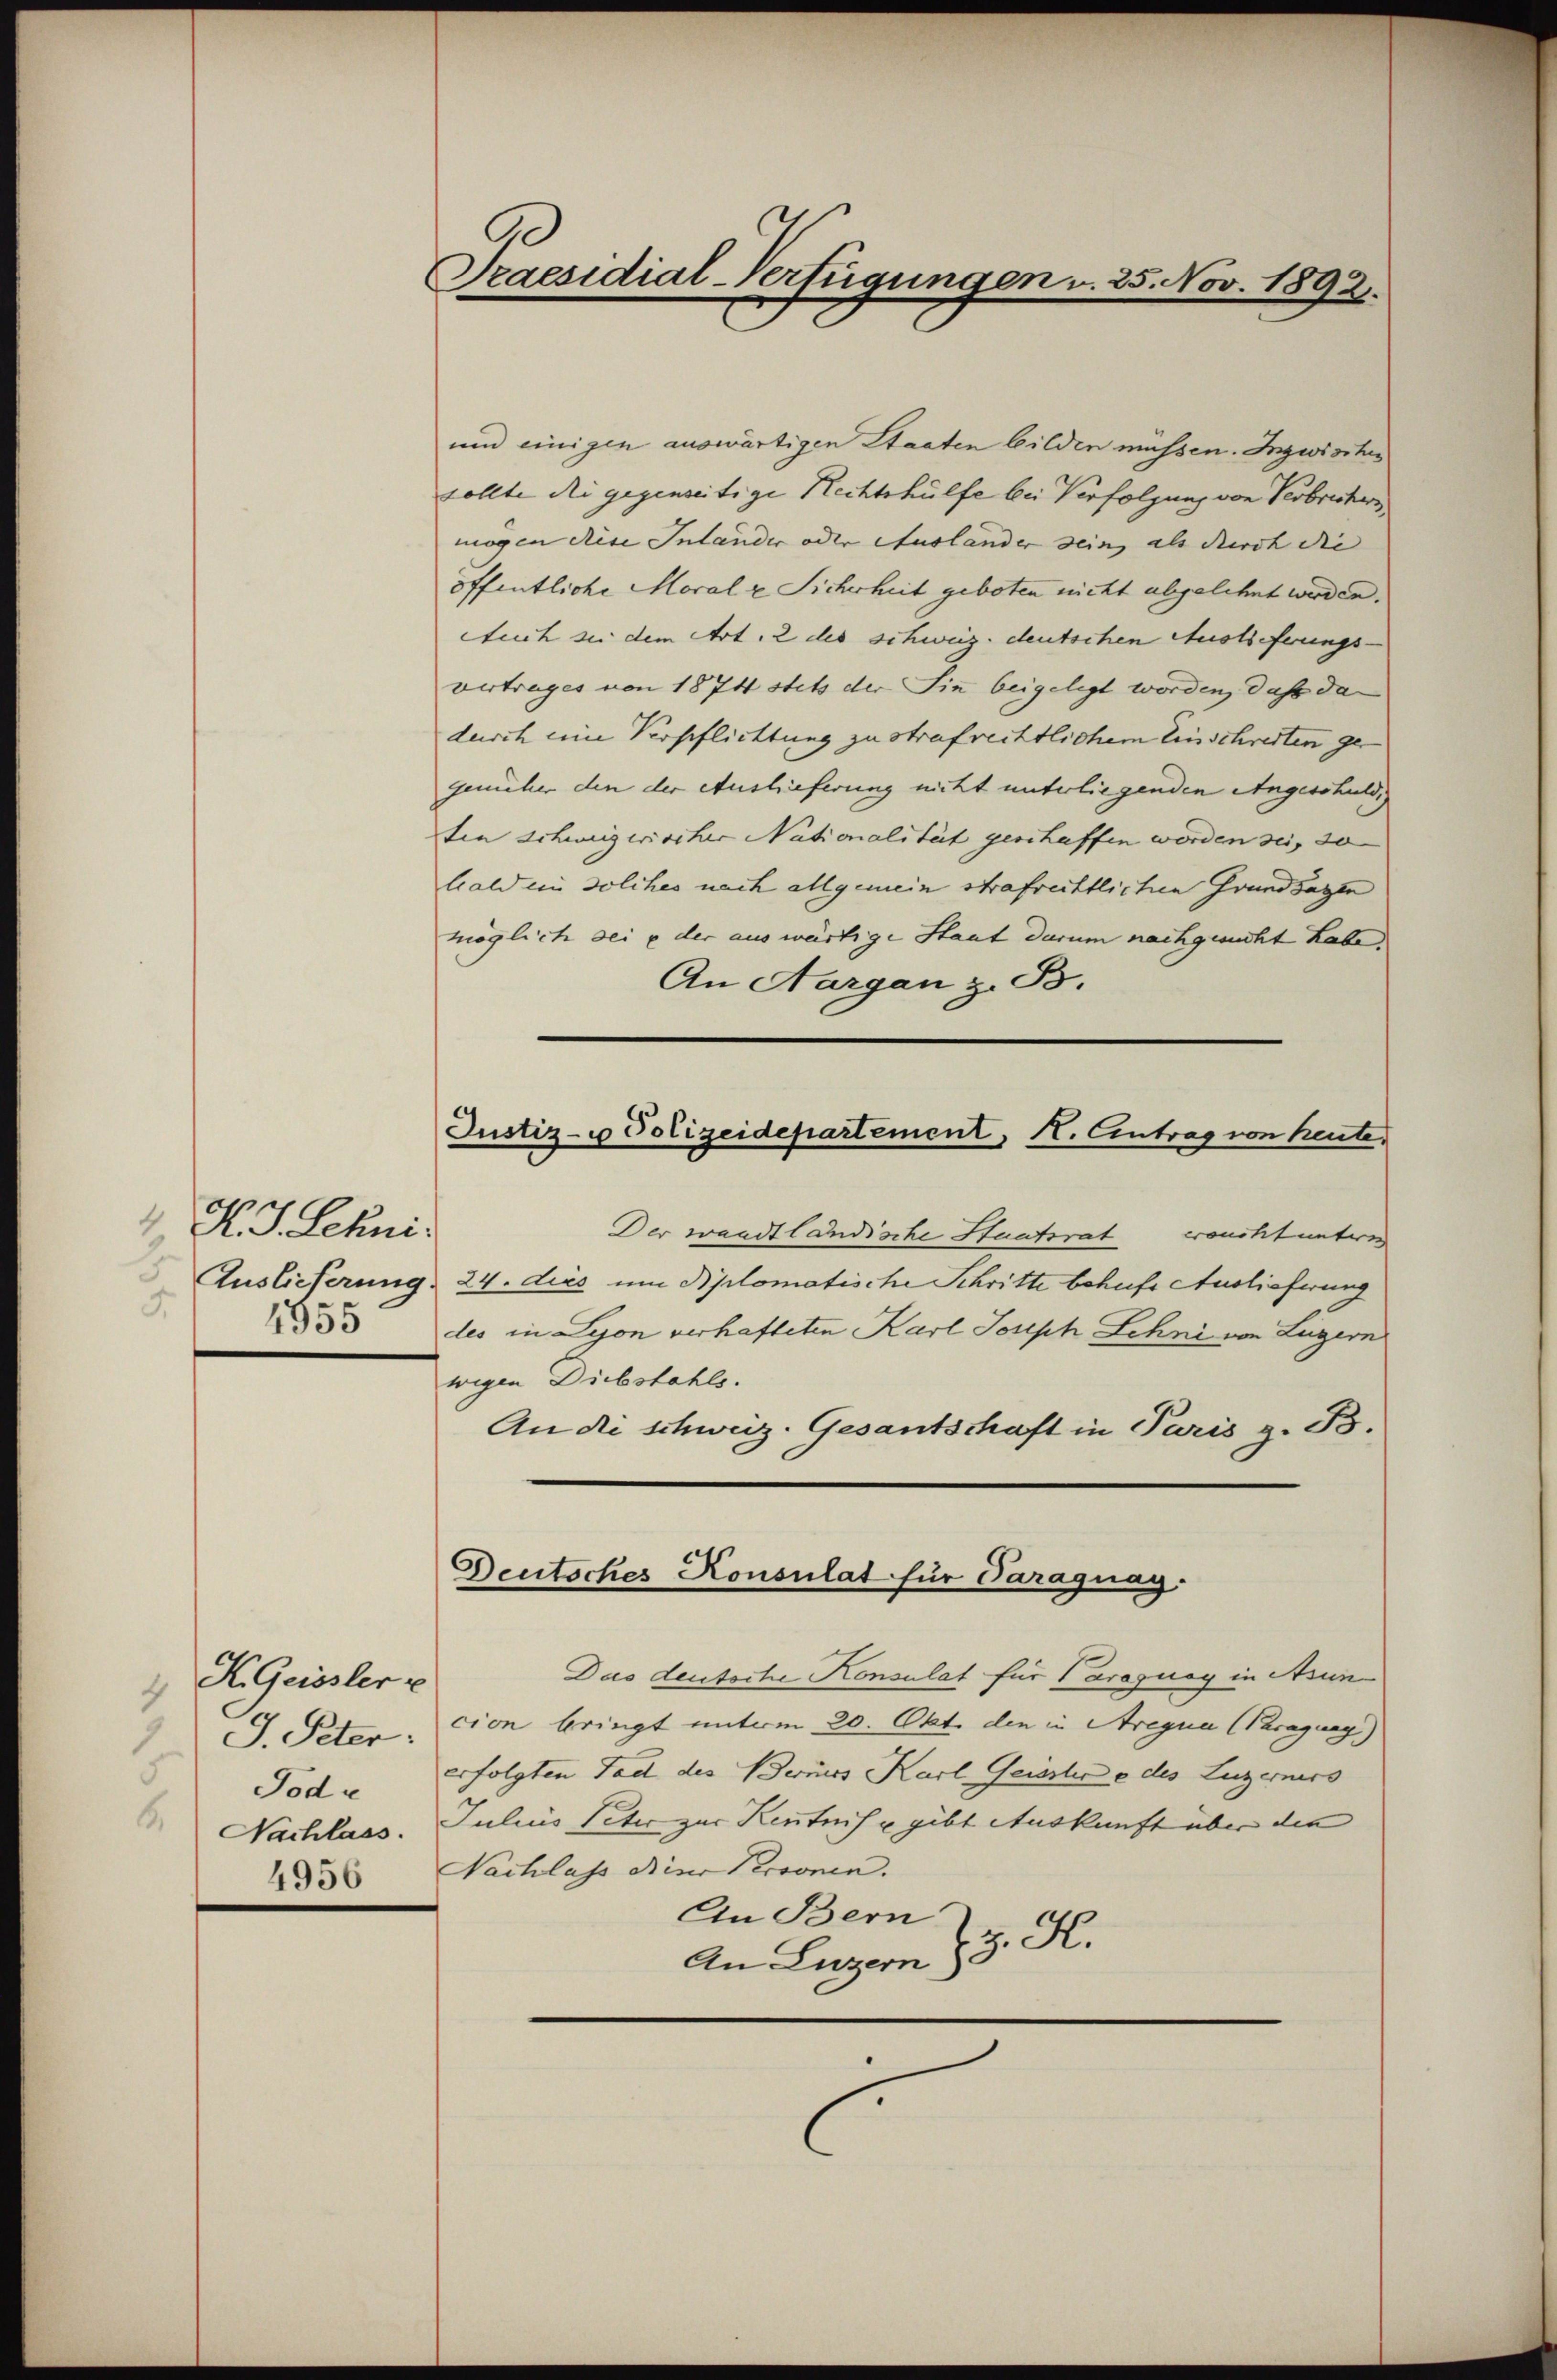
K. J. Lehni:
1
5
4955

K. Geissler
4
J. Peter:
1
Tode
Nachlass.
4956

Praesidial-Verfügungen u. 25. Nov. 1892.

und einigen auswärtigen Staaten bilden müssen. Inzwisches
sollte die gegenseitige Rechtshülfe bei Verfolgung von Verbrechers
mögen diese Inlander oder Auslander sein, als durch die |
öffentliche Moral u Sicherheit geboten nicht abgelehnt werden.
tuch sie dem Art. 2 des schweiz. deutschen Auslieferungs-
vertrages von 1874 stets der Sin beigelegt worden, daß dadurch eine Verpflichtung zu strafrechtlichem Einschreiten ge
gemüher den der Auslieferung nicht unterliegenden Angeschuld,
ten schweizerischer Nationalität geschaffen worden sei, so
bald ein solches nach allgemein strafrechtlichen Grundsagen
möglich bei e der auswärtige Staut darum nachgesucht habe
An Aargau z. B.
Der waadtländische Staatsrat aucht unterig
Auslieferung 24. dies um Bplomatische Schritte behufs Auslieferung
des in Lyon verhafteten Karl Joseph Lehni von Luzern
wegen Diebstahls.
An die schweiz. Gesantschaft in Paris z. B.
Deutsches Konsulat für Paraguag:
Das deutsche Konsulat für Paragung in Asun-
cion bringt unterm 20. Okt. den in Arequer (Paragung.)
erfolgten Tad des Bernes Karl Geistere des Luzerners
Julius Peter zur Kenntnis u gibt Auskunft über die |
Nachlass dieser Personen.
An Bern
An Luzern 23. K.

Justiz- u Polizeidepartement, H. Eintrag von heute.